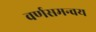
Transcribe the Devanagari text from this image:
वर्णसमन्वय